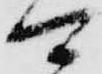
可